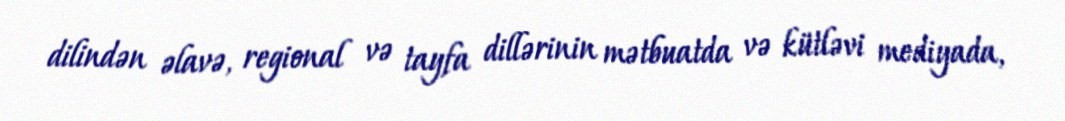
dilindən əlavə, regional və tayfa dillərinin mətbuatda və kütləvi mediyada,